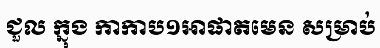
ជួល ក្នុង កាកាប១អាផាតមេន សម្រាប់